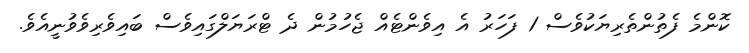
ކޮންމެ ފެތުންތެރިޔަކުވެސް 1 ފަހަރު އެ އިވެންޓެއް ޖެހުމުން ދެ ޓްރަޔަލްގައިވެސް ބައިވެރިވެވުނީއެވެ.